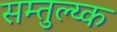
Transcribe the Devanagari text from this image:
सम्तुल्य्क